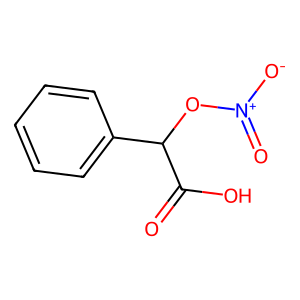
SMILES: O=C(O)C(O[N+](=O)[O-])c1ccccc1
Inhibits HIV replication: No